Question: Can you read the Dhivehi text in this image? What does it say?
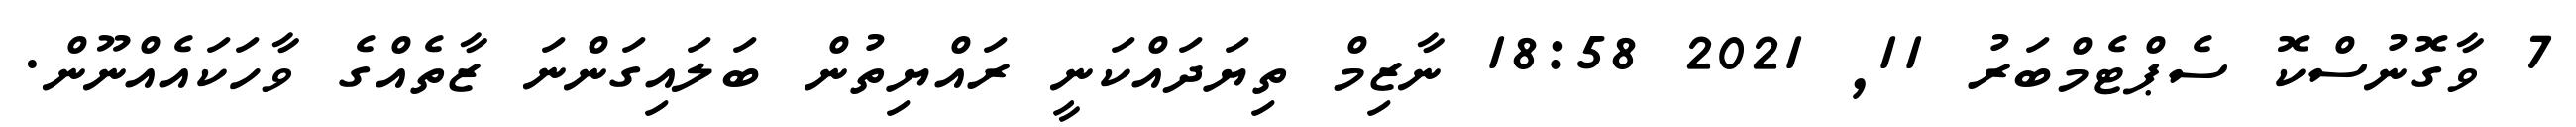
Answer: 7 ވާގޮނުސްކޮ ސެޕްޓެމްބަރު 11, 2021 18:58 ނާޒިމް ތިޔަދައްކަނީ ރައްޔިތުން ބަލައިގަންނަ ޒާތެއްގެ ވާހަކައެއްނޫން.